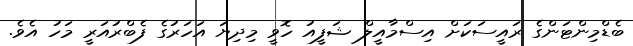
ބެޑްމިންޓަންގެ ރައީސަކަށް އިސްމާއީލް ޝަފީއު ހޮވީ މިދިޔަ އަހަރުގެ ފެބްރުއަރީ މަހު އެވެ.